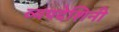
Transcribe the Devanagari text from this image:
व्यपदेशिनी